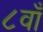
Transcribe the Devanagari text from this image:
८वाँ